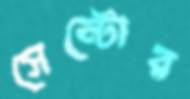
সেন্টোর